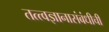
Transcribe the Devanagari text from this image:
तत्त्वज्ञानासंबंधीची